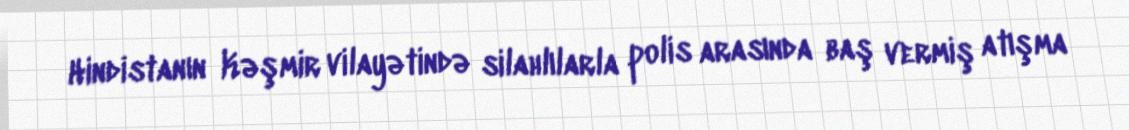
Hindistanın Kəşmir vilayətində silahlılarla polis arasında baş vermiş atışma